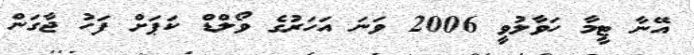
އޭނާ ޓީމާ ހަވާލުވީ 2006 ވަނަ އަހަރުގެ ވޯލްޑް ކަޕަށް ފަހު ޖާގަން